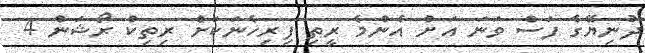
ދުނިޔޭގެ ފަސް ވަނަ އަށް އެންމެ ރީތި ފިރިހެނަކަށް ރިތިކް ރޯޝަން 4